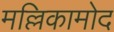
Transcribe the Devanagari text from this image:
मल्लिकामोद